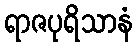
ရာဇပုရိသာနံ